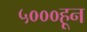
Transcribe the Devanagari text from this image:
५०००हून